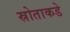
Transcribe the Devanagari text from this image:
स्रोताकडे